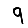
Digit: 9